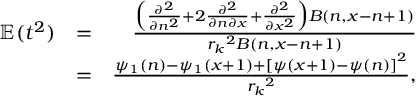
\begin{array} { r l r } { \mathbb { E } ( t ^ { 2 } ) } & { = } & { \frac { \Big ( \frac { \partial ^ { 2 } } { \partial n ^ { 2 } } + 2 \frac { \partial ^ { 2 } } { \partial n \partial x } + \frac { \partial ^ { 2 } } { \partial x ^ { 2 } } \Big ) B ( n , x - n + 1 ) } { { r _ { k } } ^ { 2 } B ( n , x - n + 1 ) } } \\ & { = } & { \frac { \psi _ { 1 } ( n ) - \psi _ { 1 } ( x + 1 ) + \left[ \psi ( x + 1 ) - \psi ( n ) \right] ^ { 2 } } { { r _ { k } } ^ { 2 } } , } \end{array}